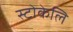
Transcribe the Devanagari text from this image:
स्टोकेलि